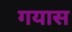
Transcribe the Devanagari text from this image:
गयास